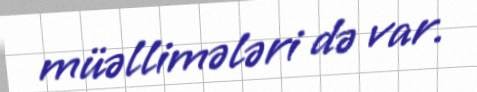
müəllimələri də var.